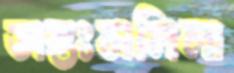
অন্তঃসলিলা